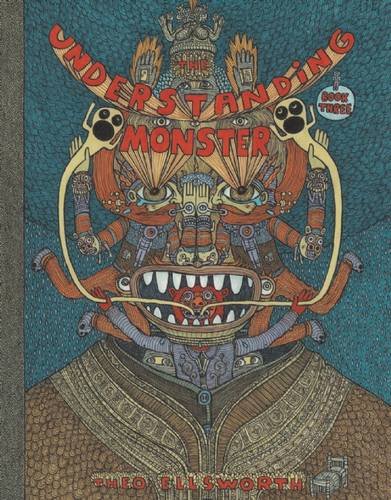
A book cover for The Understanding Monster - Book Three; Theo Ellsworth; Science Fiction & Fantasy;